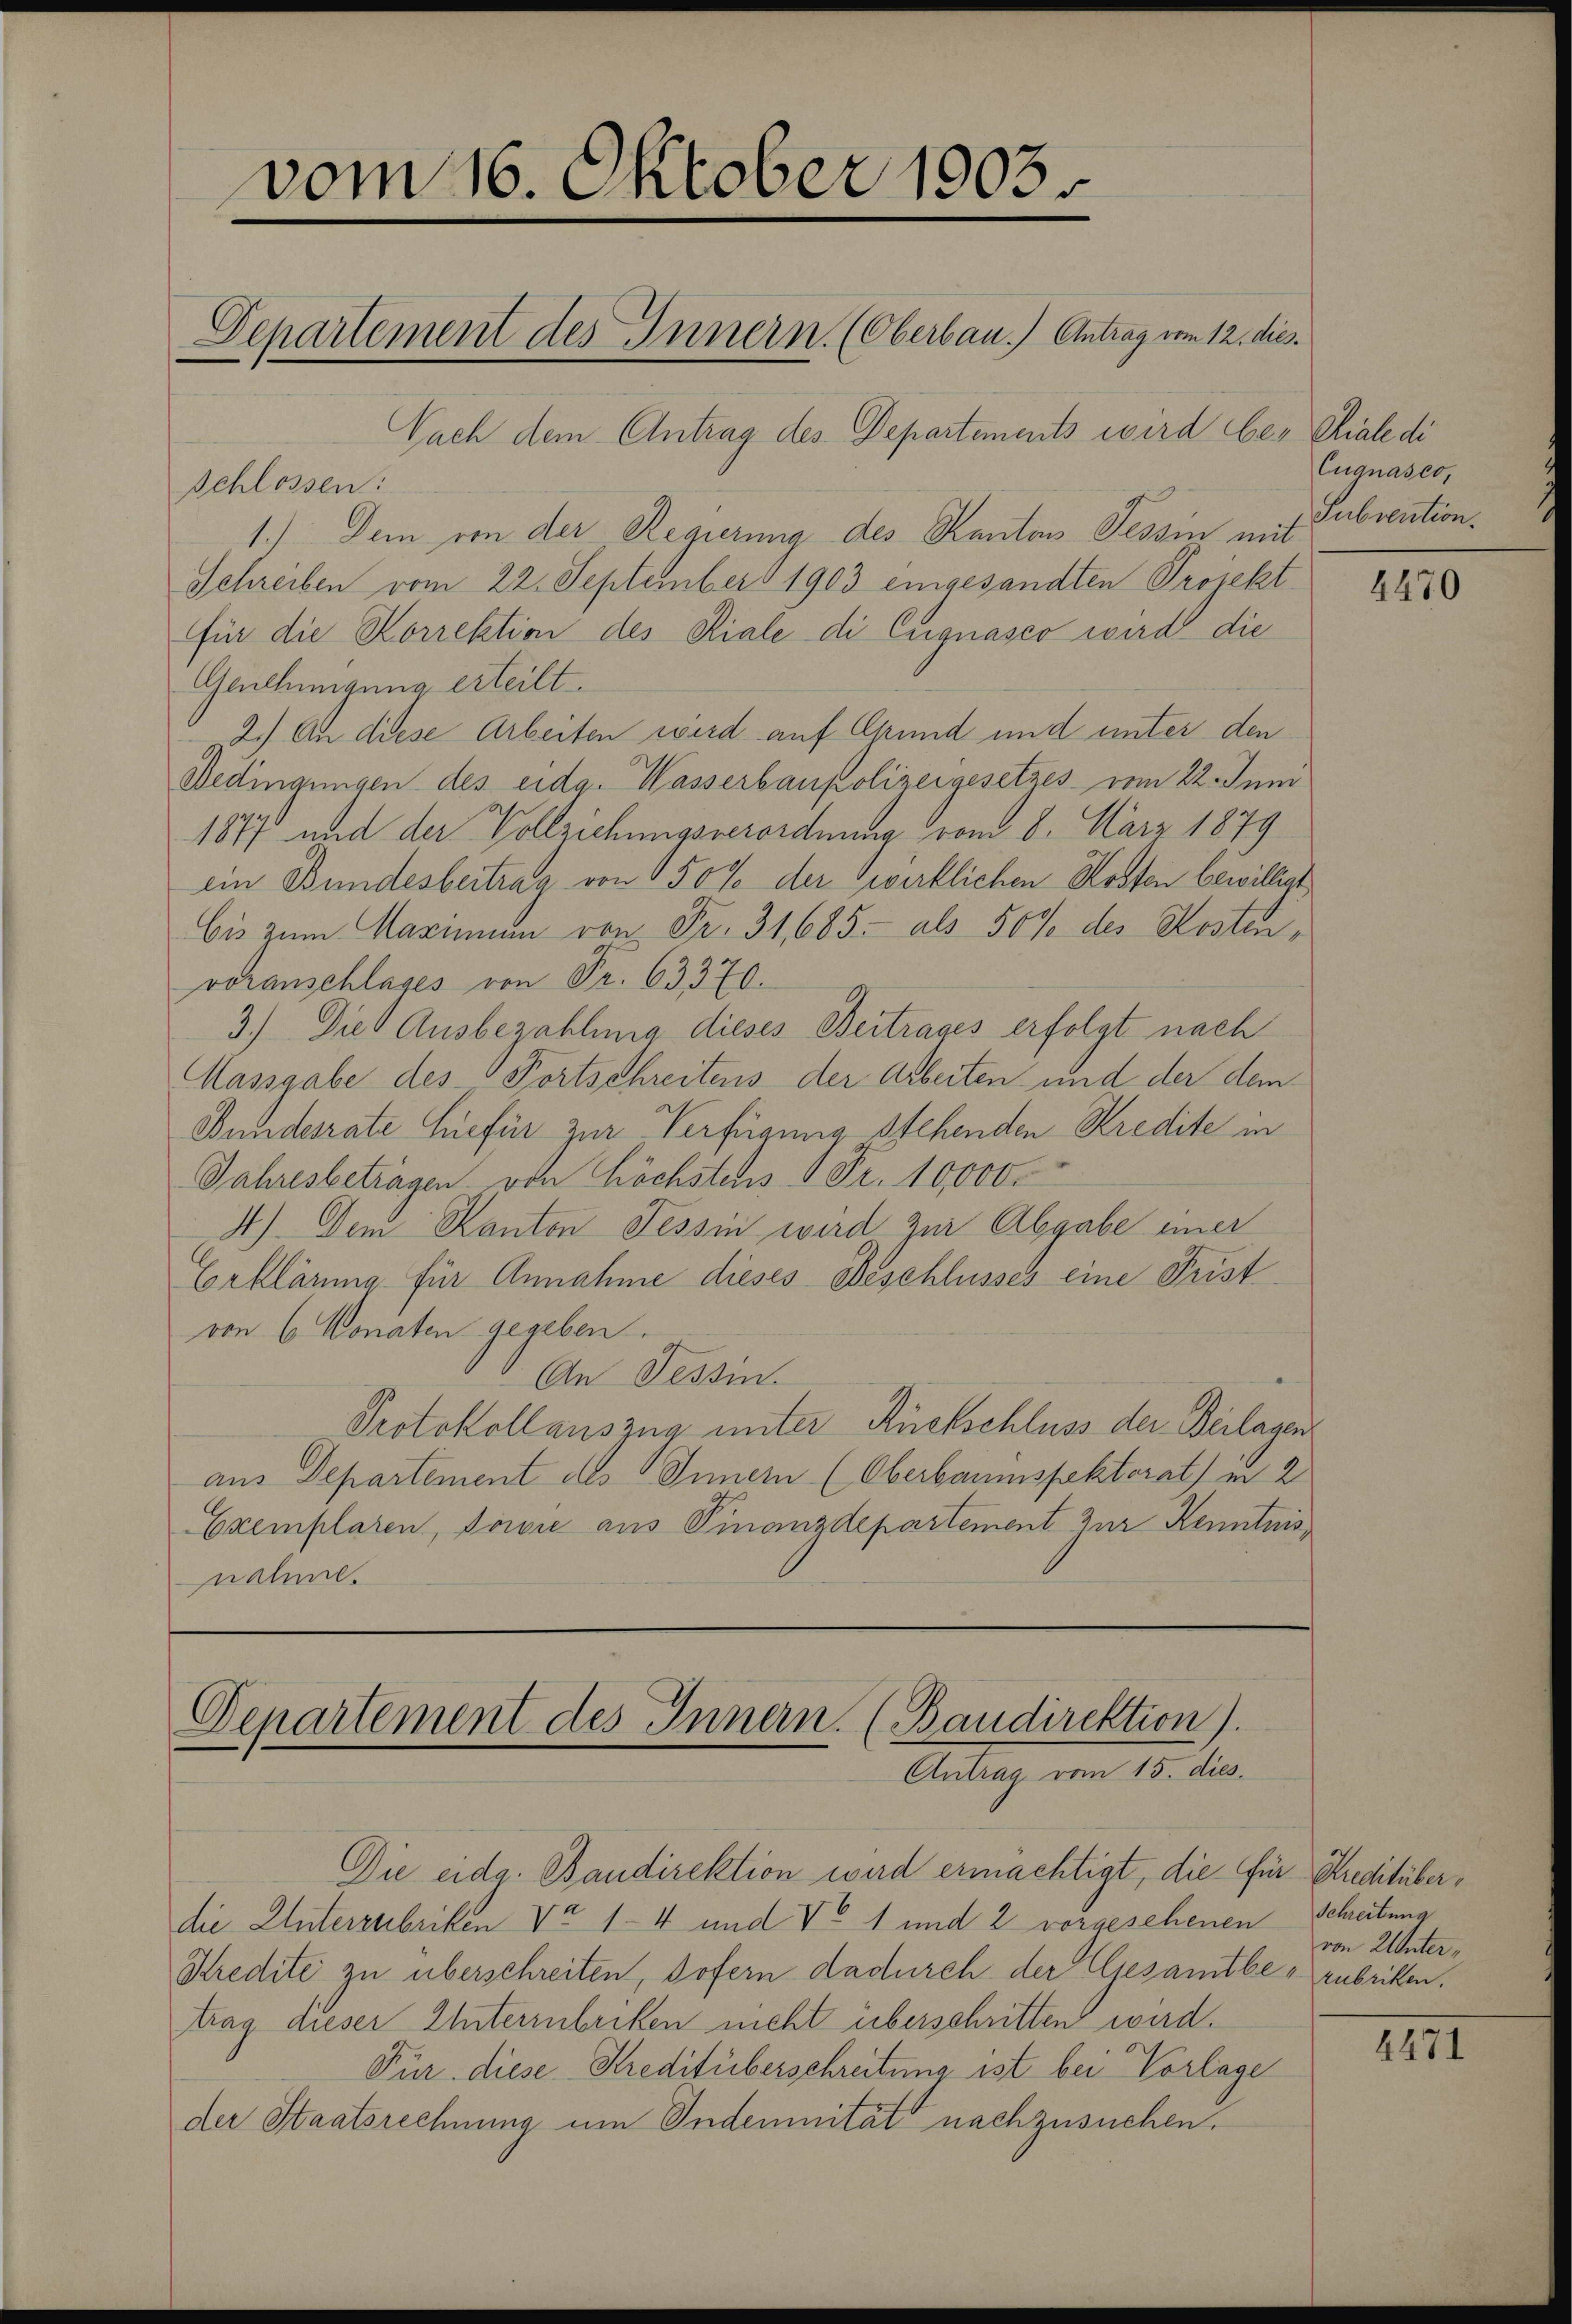
vom 16. Oktober 1903.
Departement des Innern. (Oberbau.) Antrag vom 12. dies

Nach dem Antrag des Departements wird be- Chiale di
schlossen:
1.) Dem von der Regierung des Kanton Tessin mit
Schreiben vom 22. September 1903 eingesandten Projekt
für die Korrektion des Riale di Eugnasco wird die
Genehmigung erteilt.
2.) An diese Arbeiten wird auf Grund und unter den
Dedingungen des eidg. Wasserbaupolizeigesetzes vom 22. Juni
1877 und der Vollziehungsverordnung vom 8. März 1879
ein Bundesbeitrag von 150% der Zwirklichen Kosten bewilligt
Eis zum Marmen von Fr. 31, 685. als 50% des Kosten,
voranschlages von Fr. 63370.
3.) Die Ausbezahlung dieses Beitrages erfolgt nach
Massgabe des Fortschreitens der Arbeiten und der dem
Bundesrate hiefür zur Verfügung stehenden Kredite in
Jahresbetragen von höchstens Fr. 10,000.
4.) Dem Kanton Tessin wird zur Abgabe einer
Erklärung für Annahme dieses Beschlusses eine Fristvon 6 Monaten gegeben.
An Tessin.
Protokollauszug unter Rückschluss der Beilagen
aus Departement des Innern (Oberbaumspektorat) in 2
Exemplaren, Privić aus Finanzdepartement zur Kenntnisnahme.

Departement des Innern. (Baudirektion).
Antrag vom 15. dies.

Die eidg. Bandirektion wird ermächtigt, die für Kreditüberdie Unterzubriken No 1-4 und Vo 1 und 2 vorgesehenen Schreitung
Kredite zu überschreiten, sofern dadurch der Gesamtbe - zubritten.
trag dieser Unterzubriken nicht überschritten wird.
Für diese Kreditüberschreitung ist bei Vorlage
der Staatsrechnung um Indemnität nachzusuchen.

Eugnasco,
Subrention.

4470

von Unter¬

4471